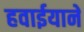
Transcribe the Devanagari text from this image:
हवाईयाने